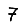
Digit: 7